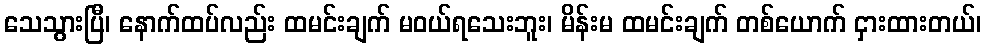
သေသွားပြီ၊ နောက်ထပ်လည်း ထမင်းချက် မဝယ်ရသေးဘူး၊ မိန်းမ ထမင်းချက် တစ်ယောက် ငှားထားတယ်၊